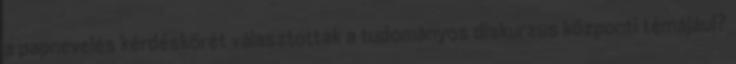
a papnevelés kérdéskörét választották a tudományos diskurzus központi témájául?